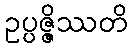
ဥပ္ပဇ္ဇိဿတိ